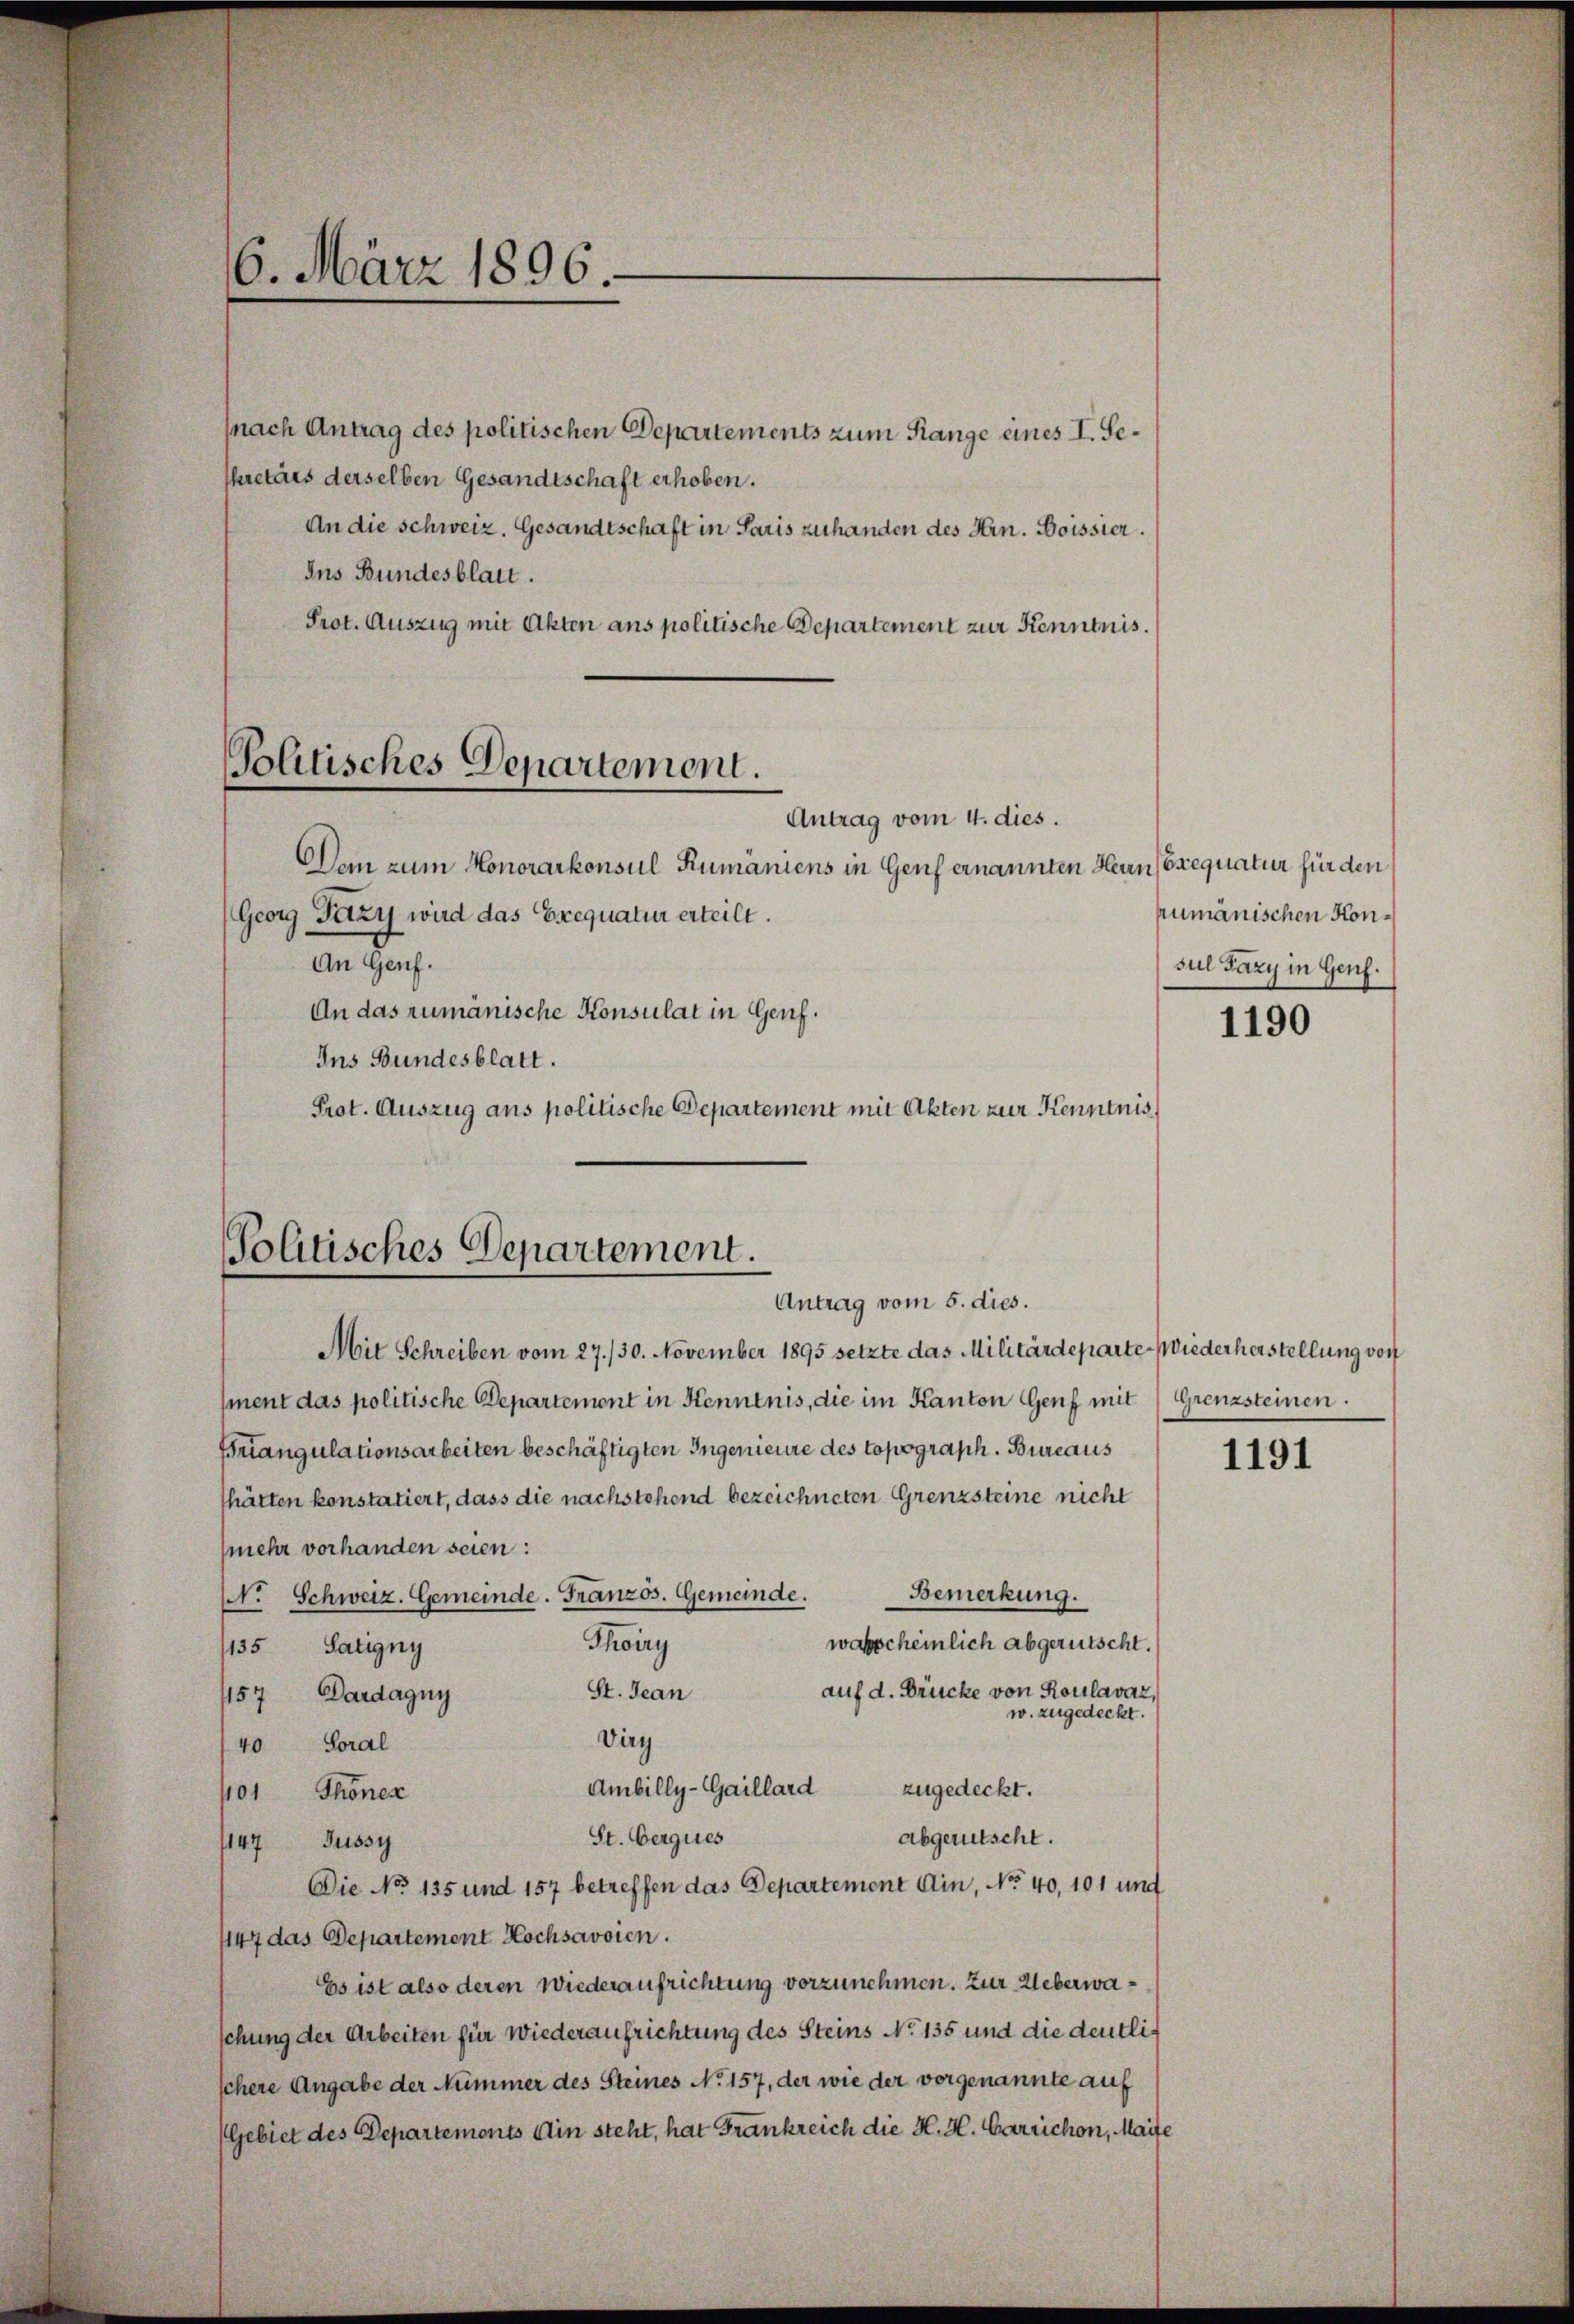
6. März 1896.

(nach Antrag des politischen Departements zum Range eines I. Seskretärs derselben Gesandtschaft erhoben.
An die Schweiz. Gesandtschaft in Paris zuhanden des Hrn. Boissier.
Ins Bundesblatt.
Prot. Auszug mit Akten ans politische Departement zur Kenntnis.

Politisches Departement.
Antrag vom 4. dies.

Dan zum Honorarkonsul Rumäniens in Genf ernannten Heun (Erequatur für den
(Georg Fazy wird das Exequatur erteilt.
der Han¬
An das rumänische Konsulat in Genf.
Ins Bundesblatt.
Prot. Auszug aus politische Departement mit Akten zur Kenntnis

Mit Schreiben vom 27./30. November 1895 setzte das Militärdeparte Wiederherstellung von
ment das politische Departement in Kenntnis, die im Kanton Genf mit Grenzsteinen.
Triangulationsarbeiten beschäftigten Ingenieure des topograph. Bureaus
hätten konstatiert, dass die nachstehend bezeichneten Grenzsteine nicht
(mehr vorhanden seien:
Bemerkung.
Nr. Schweiz. Gemeinde. Französ. Gemeinde.
Thoiry
wasscheinlich abgerütscht.
1135 Satigny
St. Jean
auf d. Drücke von Roulavaz,
157 Dardagny
w. zugedeckt.
Viry
40 Soral
Ambilly-Gaillard
zugedeckt.
401 Thoner
St. Gerques
abgerutscht.
1147 Jussy
Die No 135 und 157 betreffen das Departement Ain, No 40, 101 und
1147 das Departement Hochsavoien.
Es ist also deren Wiederaufrichtung vorzunehmen. Zur Ueberwaschung der Arbeiten für Wiederaufrichtung des Steins No 135 und die deutlischere Angabe der Nummer des Steines No 157, der wie der vorgenannte auf
(Gebiet des Departemonts Ain steht, hat Frankreich die H. H. Carrichon, Maife

Politisches Departement.
Antrag vom 5. dies.

rumänischen Konsul Fazy in Genf.

1190

1191